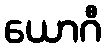
ယောဂီ